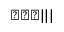
\bigstar \bigstar \bigstar | | |